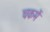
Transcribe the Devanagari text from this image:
चकमें